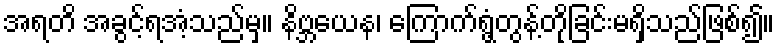
အရတိ အခွင့်ရအံ့သည်မှ။ နိဗ္ဘယေန၊ ကြောက်ရွံ့တွန့်တိုခြင်းမရှိသည်ဖြစ်၍။